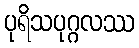
ပုရိသပုဂ္ဂလဿ